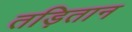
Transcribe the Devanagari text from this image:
तड़ितान